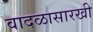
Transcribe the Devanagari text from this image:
वादळासारखी